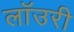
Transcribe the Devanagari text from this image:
लाॅउरी